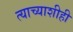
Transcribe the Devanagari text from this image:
त्याच्याशीही